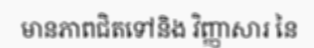
មានភាពជិតទៅនិង វិញ្ញាសារ នៃ